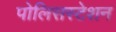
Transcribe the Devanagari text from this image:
पोलिसस्टेशन